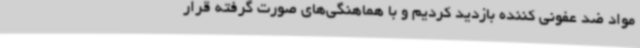
مواد ضد عفونی کننده بازدید کردیم و با هماهنگی‌های صورت گرفته قرار